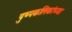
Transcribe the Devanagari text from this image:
पुष्पकलिकांच्या